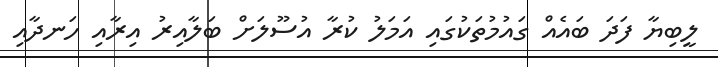
ލީބިޔާ ފަދަ ބައެއް ގައުމުތަކުގައި އަމަލު ކުރާ އުސޫލަށް ބަލާއިރު އިރާއި ހަނދާއި